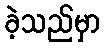
ခဲ့သည်မှာ